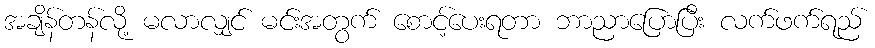
အချိန်တန်လို့ မလာလျှင် မင်းအတွက် စောင့်ပေးရတာ ဘာညာပြောပြီး လက်ဖက်ရည်